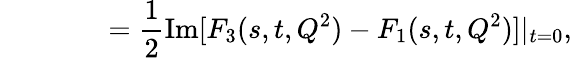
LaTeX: \quad\quad\quad\; \; \; =\frac{1}{2}\mathrm{Im}[F_{3}(s,t,Q^{2})-F_{1}(s,t,Q^{2})]|_{t=0},